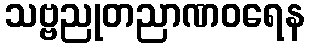
သဗ္ဗညုတညာဏဝရေန